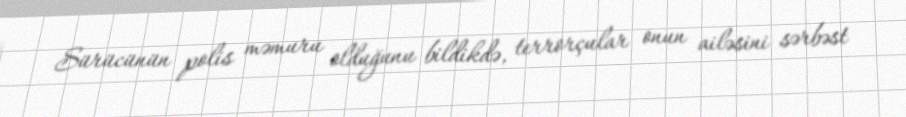
Sürücünün polis məmuru olduğunu bildikdə, terrorçular onun ailəsini sərbəst